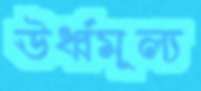
ঊর্ধ্বমূল্য